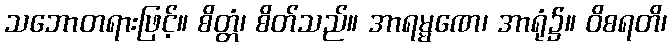
သဘောတရားဖြင့်။ စိတ္တံ၊ စိတ်သည်။ အာရမ္မဏေ၊ အာရုံ၌။ ဝိစရတိ၊